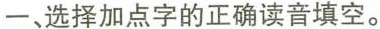
一、选择加点字的正确读音填空。